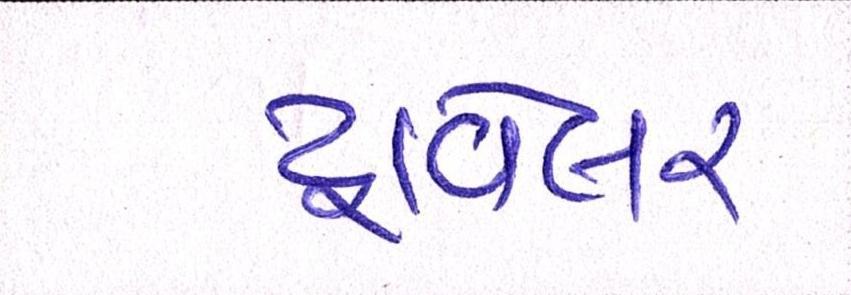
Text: ટ્રાવેલર